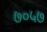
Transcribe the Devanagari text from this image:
७०५७